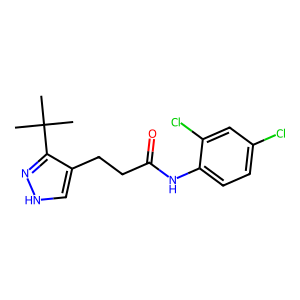
SMILES: CC(C)(C)c1n[nH]cc1CCC(=O)Nc1ccc(Cl)cc1Cl
Inhibits HIV replication: No